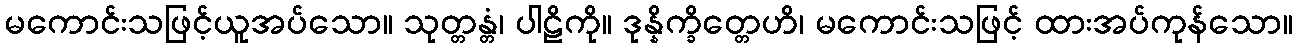
မကောင်းသဖြင့်ယူအပ်သော။ သုတ္တန္တံ၊ ပါဠိကို။ ဒုန္နိက္ခိတ္တေဟိ၊ မကောင်းသဖြင့် ထားအပ်ကုန်သော။